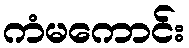
ကံမကောင်း